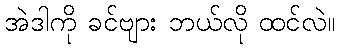
အဲဒါကို ခင်ဗျား ဘယ်လို ထင်လဲ။